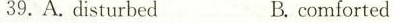
39, A.disturbedB.comforted